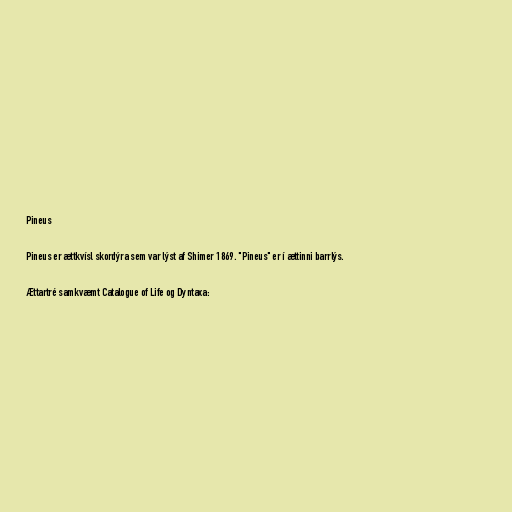
Pineus

Pineus er ættkvísl skordýra sem var lýst af Shimer 1869. "Pineus" er í ættinni barrlýs.

Ættartré samkvæmt Catalogue of Life og Dyntaxa: